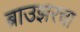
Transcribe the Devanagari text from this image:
ब्राउझरचा